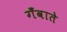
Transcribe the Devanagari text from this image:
गँवाते